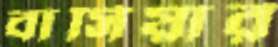
বাসিয়ার